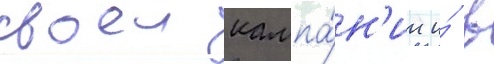
своеи кампа́н'ии и́ в